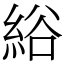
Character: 綌